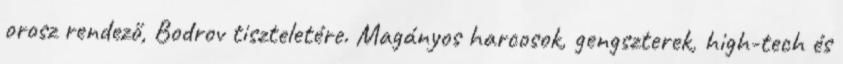
orosz rendező, Bodrov tiszteletére. Magányos harcosok, gengszterek, high-tech és